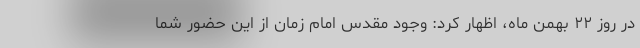
در روز ۲۲ بهمن ماه، اظهار کرد: وجود مقدس امام زمان از این حضور شما